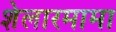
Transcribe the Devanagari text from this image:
शेलारमामा